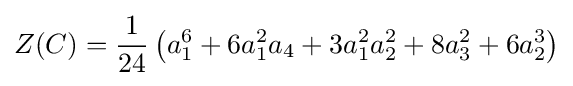
Z(C)={\frac {1}{24}}\left(a_{1}^{6}+6a_{1}^{2}a_{4}+3a_{1}^{2}a_{2}^{2}+8a_{3}^{2}+6a_{2}^{3}\right)